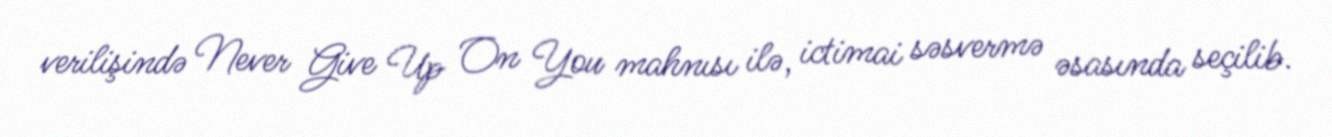
verilişində Never Give Up On You mahnısı ilə, ictimai səsvermə əsasında seçilib.